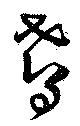
鳶